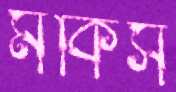
মকিস